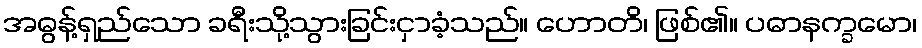
အဓွန့်ရှည်သော ခရီးသို့သွားခြင်းငှာခံ့သည်။ ဟောတိ၊ ဖြစ်၏။ ပဓာနက္ခမော၊